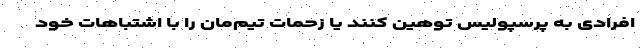
افرادی به پرسپولیس توهین کنند یا زحمات تیم‌مان را با اشتباهات خود